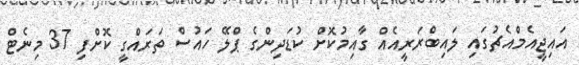
އައިޖީއެމްއެޗުގައި ލައިބްރަރީއެއް ގާއިމުކޮށް ކުޑަދިންގެ ޕްލޭ ހައުސް ތަރައްގީ ކޮށްފި 37 މިނެޓް